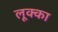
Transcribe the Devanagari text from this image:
लूक्का